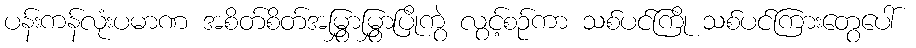
ပန်းကန်လုံးပမာဏ အစိတ်စိတ်အမြွှာမြွှာပြိုကွဲ လွင့်စဉ်ကာ သစ်ပင်ကြို သစ်ပင်ကြားတွေပေါ်